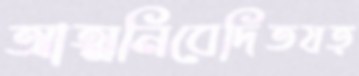
আত্মনিবেদিতযত্